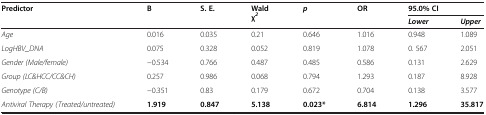
| <ROWSPAN=2> Predictor | <ROWSPAN=2> B | <ROWSPAN=2> S. E. | <ROWSPAN=2> Wald χ2 | <ROWSPAN=2> p | <ROWSPAN=2> OR | <COLSPAN=2> 95.0% CI |
 | Lower | Upper |
 | --- | --- | --- | --- | --- | --- | --- | --- |
 | Age | 0.016 | 0.035 | 0.21 | 0.646 | 1.016 | 0.948 | 1.089 |
 | LogHBV_DNA | 0.075 | 0.328 | 0.052 | 0.819 | 1.078 | 0. 567 | 2.051 |
 | Gender (Male/female) | −0.534 | 0.766 | 0.487 | 0.485 | 0.586 | 0.131 | 2.629 |
 | Group (LC%HCC/CC%CH) | 0.257 | 0.986 | 0.068 | 0.794 | 1.293 | 0.187 | 8.928 |
 | Genotype (C/B) | −0.351 | 0.83 | 0.179 | 0.672 | 0.704 | 0.138 | 3.577 |
 | Antiviral Therapy (Treated/untreated) | 1.919 | 0.847 | 5.138 | 0.023* | 6.814 | 1.296 | 35.817 |